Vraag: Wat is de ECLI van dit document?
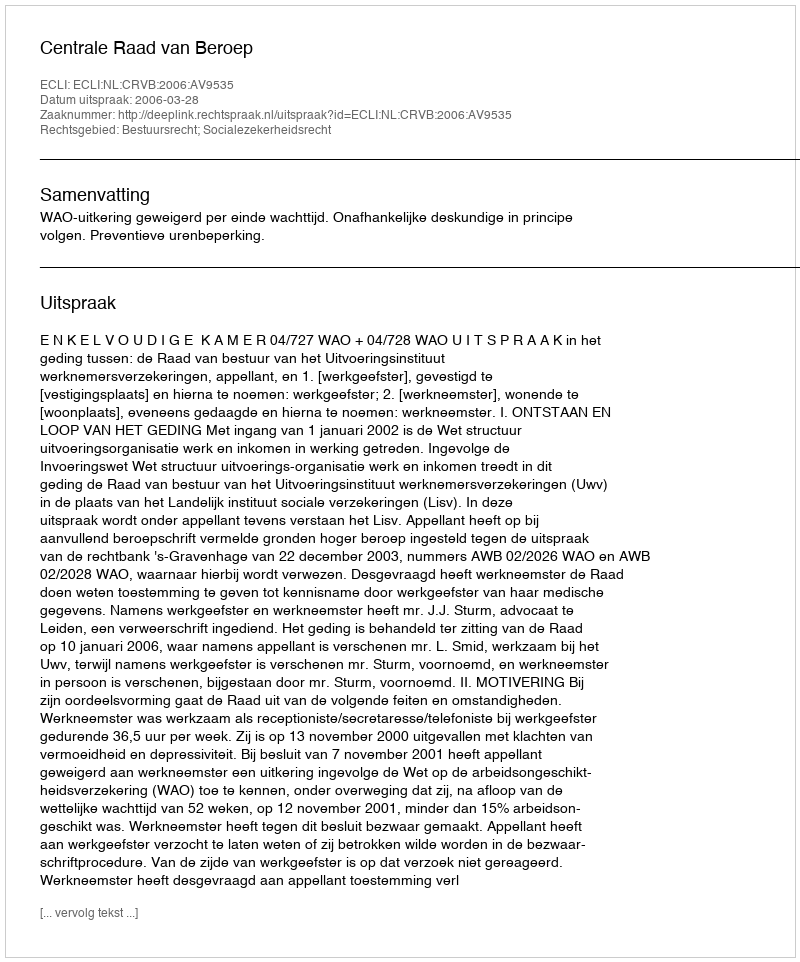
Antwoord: ECLI:NL:CRVB:2006:AV9535